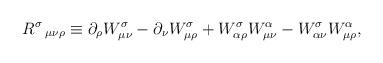
LaTeX: \begin{align*}R^{\sigma }\,_{\mu \nu \rho }\equiv \partial _{\rho }W_{\mu \nu }^{\sigma}-\partial _{\nu }W_{\mu \rho }^{\sigma }+W_{\alpha \rho }^{\sigma }W_{\mu\nu }^{\alpha }-W_{\alpha \nu }^{\sigma }W_{\mu \rho }^{\alpha },\end{align*}